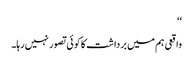
‘‘
واقعی ہم میں برداشت کا کوئی تصور نہیں رہا۔